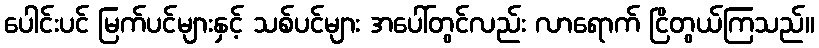
ပေါင်းပင် မြက်ပင်များနှင့် သစ်ပင်များ အပေါ်တွင်လည်း လာရောက် ငြိတွယ်ကြသည်။